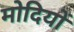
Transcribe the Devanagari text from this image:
मोदियों